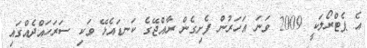
އެ ޕެޓްރޯލަކީ 2009 ވަނަ އަހަރުން ފެށިގެން ރާއްޖޭގެ ކަނޑައެޅޭ ވަކި ސަރަހައްދެއްގައި